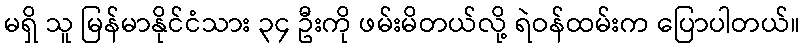
မရှိ သူ မြန်မာနိုင်ငံသား ၃၄ ဦးကို ဖမ်းမိတယ်လို့ ရဲဝန်ထမ်းက ပြောပါတယ်။